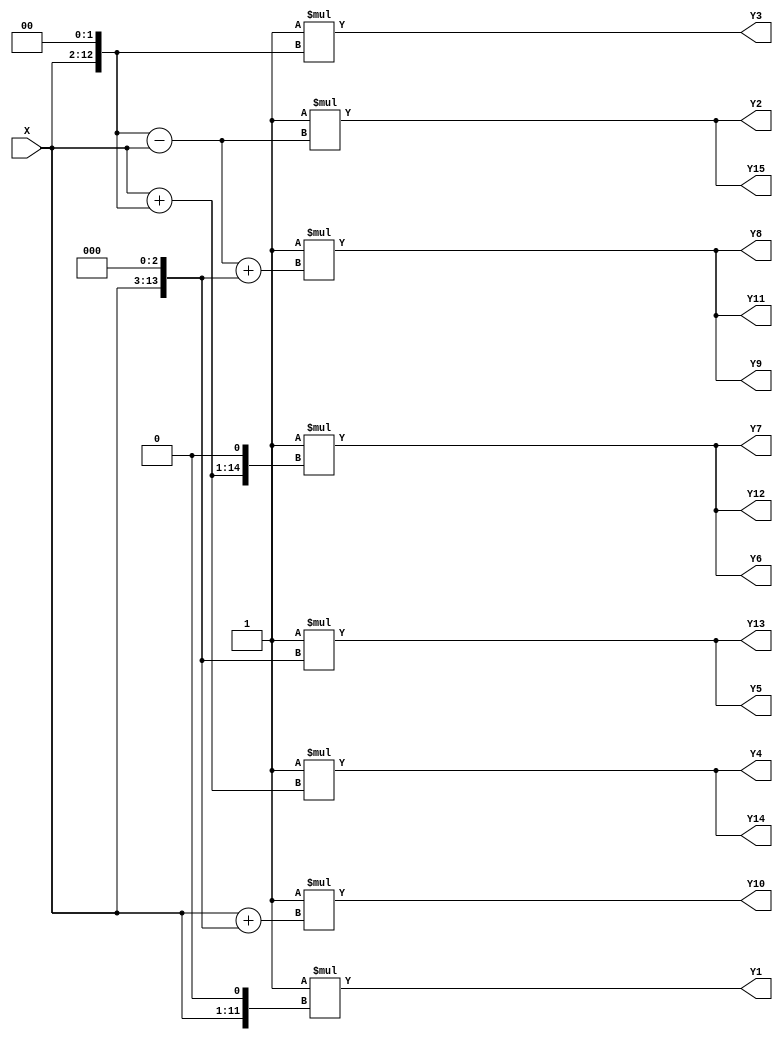
/*------------------------------------------------------------------------------
 * Date generated: 10/02/2023
 * Date modified: 08/05/2023
 * Description: MCM filter for 1/16 precision coefficients - Tap 4
 *------------------------------------------------------------------------------ */

module t4_affine_11 (
    X,
    Y1,
    Y2,
    Y3,
    Y4,
    Y5,
    Y6,
    Y7,
    Y8,
    Y9,
    Y10,
    Y11,
    Y12,
    Y13,
    Y14,
    Y15
);


// ------------------------------------------
// Port mode declarations
// ------------------------------------------
  input  signed [10:0] X;
  output signed [12:0]	 Y1;
  output signed [12:0]	 Y2;
  output signed [13:0]	 Y3;
  output signed [13:0]	 Y4;
  output signed [14:0]	 Y5;
  output signed [14:0]	 Y6;
  output signed [14:0]	 Y7;
  output signed [14:0]	 Y8;
  output signed [14:0]	 Y9;
  output signed [14:0]	 Y10;
  output signed [14:0]	 Y11;
  output signed [14:0]	 Y12;
  output signed [14:0]	 Y13;
  output signed [13:0]	 Y14;
  output signed [12:0]	 Y15;


// ------------------------------------------
// Wires declarations
// ------------------------------------------
  wire signed [10:0] w1;
  wire signed [12:0] w4;
  wire signed [12:0] w3;
  wire signed [13:0] w5;
  wire signed [13:0] w8;
  wire signed [14:0] w9;
  wire signed [14:0] w11;
  wire signed [11:0] w2;
  wire signed [12:0] w2_;
  wire signed [12:0] w3_;
  wire signed [13:0] w4_;
  wire signed [13:0] w5_;
  wire signed [14:0] w8_;
  wire signed [14:0] w10;
  wire signed [14:0] w10_;
  wire signed [14:0] w11_;
  wire signed [14:0] w9_;
	 
// ------------------------------------------
// Combinational logic
// ------------------------------------------
  assign w1 = X;
  assign w4 = w1 << 2;
  assign w3 = w4 - w1;
  assign w5 = w1 + w4;
  assign w8 = w1 << 3;
  assign w9 = w1 + w8;
  assign w11 = w3 + w8;
  assign w2 = w1 << 1;
  assign w2_ = -1 * w2;
  assign w3_ = -1 * w3;
  assign w4_ = -1 * w4;
  assign w5_ = -1 * w5;
  assign w8_ = -1 * w8;
  assign w10 = w5 << 1;
  assign w10_ = -1 * w10;
  assign w11_ = -1 * w11;
  assign w9_ = -1 * w9;

  
// ------------------------------------------
// Outputs
// ------------------------------------------
  assign Y1 = w2_;
  assign Y2 = w3_;
  assign Y3 = w4_;
  assign Y4 = w5_;
  assign Y5 = w8_;
  assign Y6 = w10_;
  assign Y7 = w10_;
  assign Y8 = w11_;
  assign Y9 = w11_;
  assign Y10 = w9_;
  assign Y11 = w11_;
  assign Y12 = w10_;
  assign Y13 = w8_;
  assign Y14 = w5_;
  assign Y15 = w3_;

endmodule //t4_affine_11